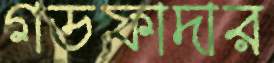
গডফাদার